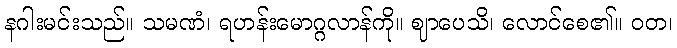
နဂါးမင်းသည်။ သမဏံ၊ ရဟန်းမောဂ္ဂလာန်ကို။ ဈာပေသိ၊ လောင်စေ၏။ ဝတ၊